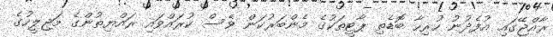
ރާއްޖޭގައި އުފެދުނު ހުރިހާ ބޮޑެތި ޕާޓީތަކުގެ މެންބަރުކަން ވެސް ކުރައްވައި ރައްޔިތުންގެ މަޖިލީހުގެ